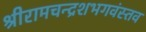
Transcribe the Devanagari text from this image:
श्रीरामचन्द्रशभगवंस्तव